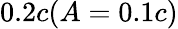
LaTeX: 0.2c(A=0.1c)